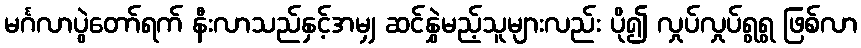
မင်္ဂလာပွဲတော်ရက် နီးလာသည်နှင့်အမျှ ဆင်နွှဲမည့်သူများလည်း ပို၍ လှုပ်လှုပ်ရွရွ ဖြစ်လာ